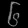
Digit: ၆